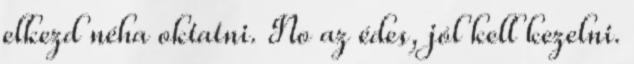
elkezd néha oktatni. No az édes, jól kell kezelni.